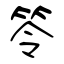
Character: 笭